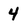
Character: 4